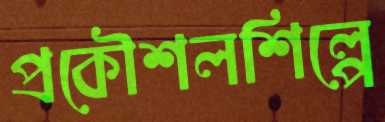
প্রকৌশলশিল্পে